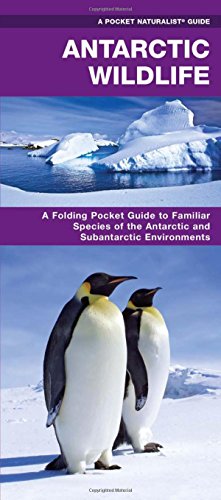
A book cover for Antarctic Wildlife: A Folding Pocket Guide to Familiar Species of the Antarctic and Subantarctic Environments (Pocket Naturalist Guide Series); James Kavanagh; Travel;